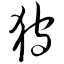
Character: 狩